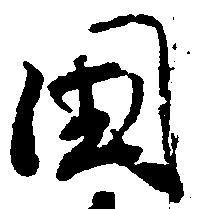
国